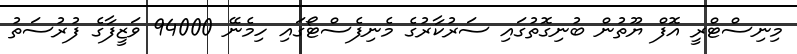
މިނިސްޓްރީ އޮފް ޔޫތުން ބުނިގޮތުގައި ސަރުކާރުގެ މެނިފެސްޓޯގައި ހިމެނޭ 94000 ވަޒީފާގެ ފުރުސަތު